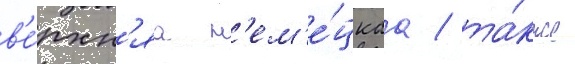
в'е́рхн'яа н'ем'е́цкаа / та́кже